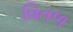
વિતળ